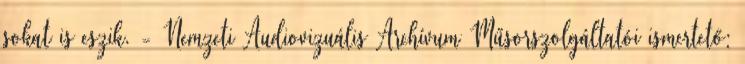
sokat is eszik. - Nemzeti Audiovizuális Archívum Műsorszolgáltatói ismertető: